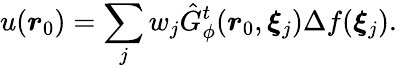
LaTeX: u(\boldsymbol{r}_{0})=\sum_{j}w_{j}\hat{G}_{\phi}^{t}(\boldsymbol{r}_{0},\boldsymbol{\xi}_{j})\Delta f(\boldsymbol{\xi}_{j}).